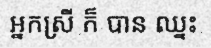
អ្នកស្រី ក៏ បាន ឈ្នះ